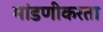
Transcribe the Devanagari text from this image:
मांडणीकरता